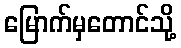
မြောက်မှတောင်သို့